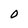
Character: 0